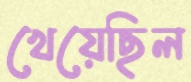
খেয়েছিল